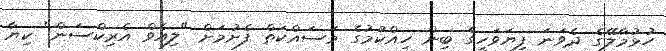
ހުޅުމާލޭގެ ދެވަނަ ފިޔަވަހީގެ ބިން ހިއްކުމުގެ މަސައްކަތް ފެށުމަށް "ލިއެވް އެރިކްސަން" ކިޔާ